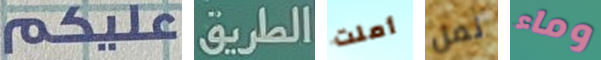
غليكم الطريق أملت نمل وماء